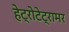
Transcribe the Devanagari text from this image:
हेट्रोटेट्रामर